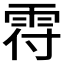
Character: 𩂛